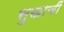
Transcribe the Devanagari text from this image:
सुखाचीं